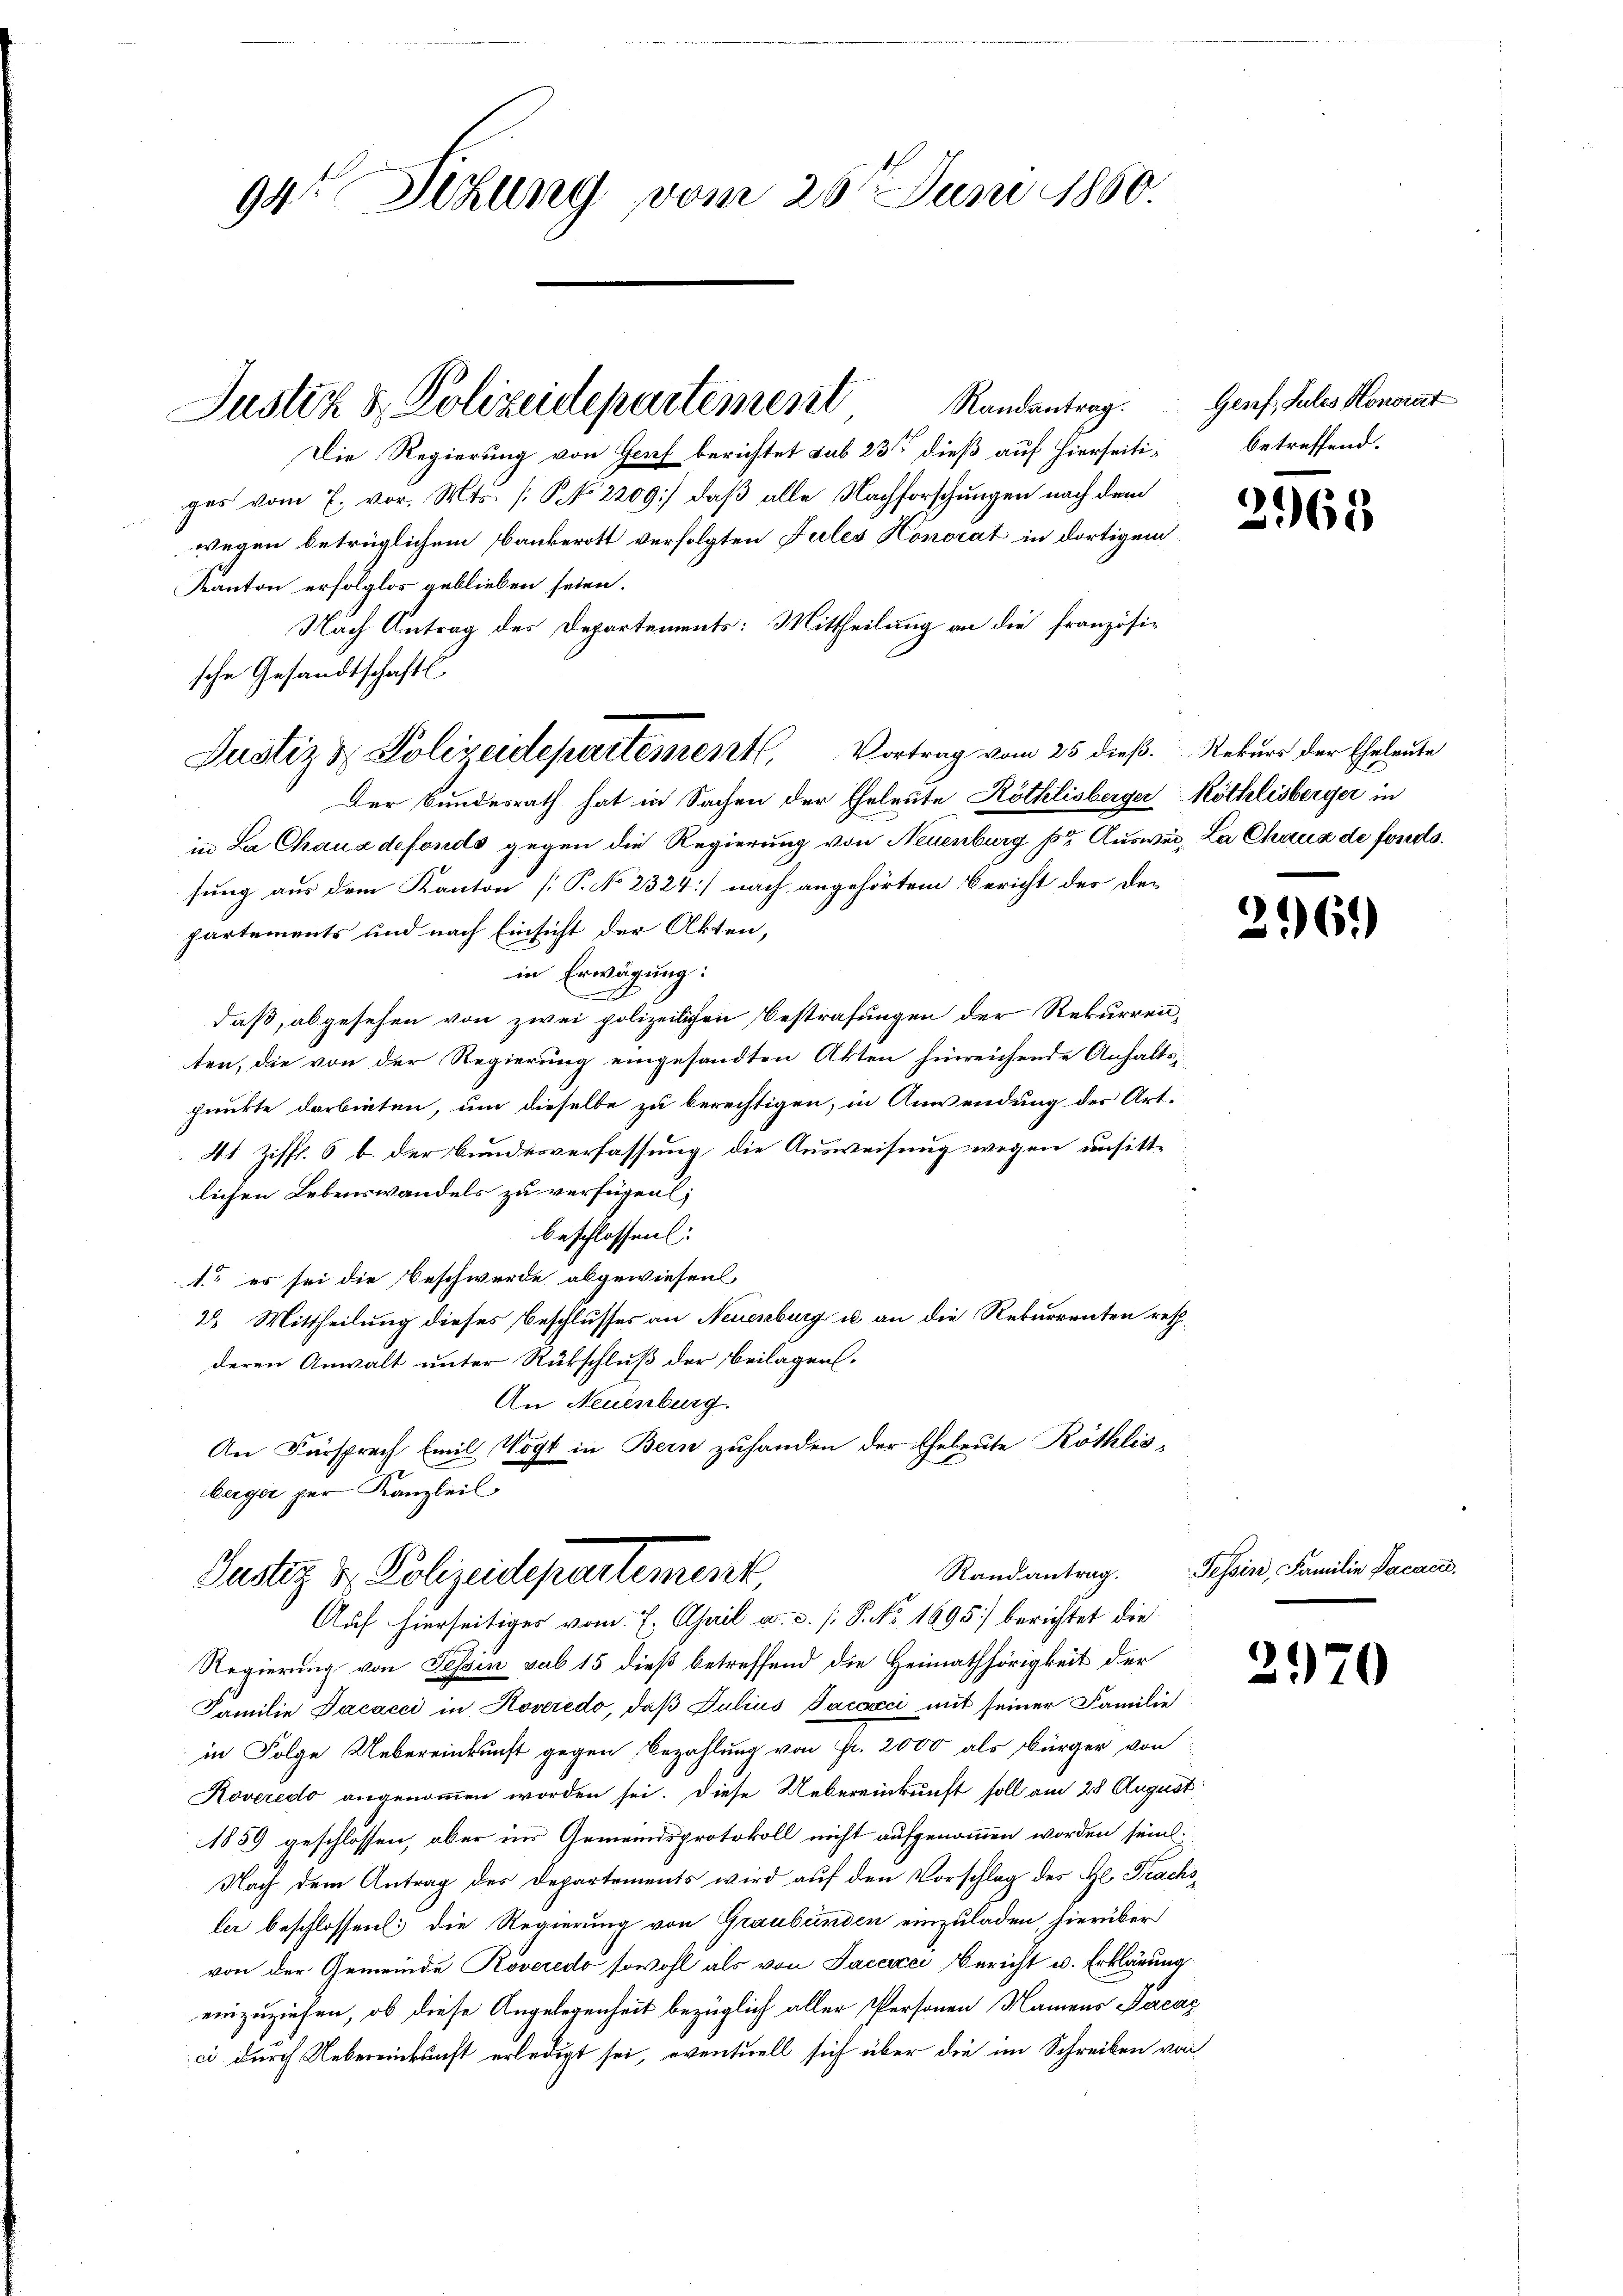
94te Sitzung vom 26t Juni 1850.

ges vom 7. vor. Mts. [NN 2209) daß alle Nachforschungen nach dem
wegen betrüglichem Bankerott verfolgten Fules Honorat in dortigem
Kanton erfolglos geblieben seien.
Nach Antrag des Departements: Mittheilung an die französische Gesandtschaftl.
Der Bundesrath hat in Sachen der Eheleute Röthlisberger Röthlisberger in
.
in La Chauadefonds gegen die Regierung von Neuenburg pr Ausweg, La Chaus de forerts.
sung aus dem Kanton [P. No 2324] nach angehörtem Bericht der Departements und nach Einsicht der Akten,
in Erwägung:
daß, abgesehen von zwei polizeilichen Bestrafungen der Rekurrenten, die von der Regierung eingesandten Akten hinreichende Anhaltspunkte darbieten, um dieselbe zu berechtigen, in Anwendung des Art.
41 Ziff. 6 b. der Bundesverfassung, die Ausweisung wegen unsittlichen Lebenswandels zu verfügen,
beschlossen:
1. es sei die Beschwerde abgewiesen
2. Mittheilung dieses Beschlusses an Neuenburg u an die Rekurrenten rethderen Anwalt unter Rückschluß der Beilagen.
An Neuenburg.
An Fürsprech Emil Vogt in Bern zuhanden der Eheleute Röthlisberger per Kanzleil
Randantrag.
Justiz & Polizeidepartement
Auf hierseitiges vom 7. April a. a. (: P. Nr. 1695) berichtet die
Regierung von Tessin sub 15 dieß betreffend die Heimathörigkeit der
Familie Dacacci in Roveredo, daß Julius Pacacci mit seiner Familie
in Folge Uebereinkunft gegen Bezahlung von Fr. 2000 als Bürger von
Roveredo angenommen worden sei. Diese Uebereinkunft soll am 28 August
1859 geschlossen, aber ins Gemeindsprotokoll nicht aufgenommen worden sein.
Nach dem Antrag des Departements wird auf den Vorschlag des Hl. Frachsler beschlossen: die Regierung von Graubünden einzuladen, hierüber
von der Gemeinde Roveredo sowohl als von Jacacci Bericht u. Erklärung
einzuziehen, ob diese Angelegenheit bezüglich aller Personen Namens Facaz
ci durch Uebereinkunft erledigt sei, eventuell sich über die im Schreiben von

Randantrag.
Justiz & Polizeidepartement
Die Regierung von Gorf berichtet sub 23ste dieß auf hierseiti¬

Justiz & Polizeidepartementl. Vortrag vom 25 dieß. Rekurs der Eheleute

Genf, Sules Honorat
betreffend.

2965

296.

Tessin, Familie Pacar

2970